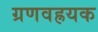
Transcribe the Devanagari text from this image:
ग्रणवह्रयक